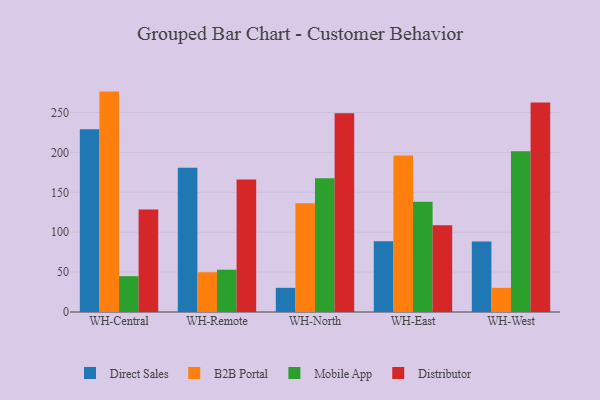
{"axis": {"x": "Warehouse", "y": "Active Users"}, "legend": ["B2B Portal", "Direct Sales", "Distributor", "Mobile App"], "data": [{"x": "WH-Central", "y": 229.1, "type": "Direct Sales"}, {"x": "WH-Central", "y": 276.2, "type": "B2B Portal"}, {"x": "WH-Central", "y": 44.9, "type": "Mobile App"}, {"x": "WH-Central", "y": 128.5, "type": "Distributor"}, {"x": "WH-Remote", "y": 180.7, "type": "Direct Sales"}, {"x": "WH-Remote", "y": 49.8, "type": "B2B Portal"}, {"x": "WH-Remote", "y": 53.0, "type": "Mobile App"}, {"x": "WH-Remote", "y": 166.2, "type": "Distributor"}, {"x": "WH-North", "y": 30.3, "type": "Direct Sales"}, {"x": "WH-North", "y": 136.4, "type": "B2B Portal"}, {"x": "WH-North", "y": 167.7, "type": "Mobile App"}, {"x": "WH-North", "y": 249.2, "type": "Distributor"}, {"x": "WH-East", "y": 88.6, "type": "Direct Sales"}, {"x": "WH-East", "y": 196.2, "type": "B2B Portal"}, {"x": "WH-East", "y": 138.1, "type": "Mobile App"}, {"x": "WH-East", "y": 108.7, "type": "Distributor"}, {"x": "WH-West", "y": 88.5, "type": "Direct Sales"}, {"x": "WH-West", "y": 30.3, "type": "B2B Portal"}, {"x": "WH-West", "y": 201.6, "type": "Mobile App"}, {"x": "WH-West", "y": 262.6, "type": "Distributor"}]}